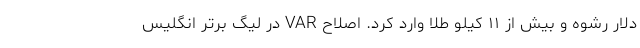
دلار رشوه و بیش از ۱۱ کیلو طلا وارد کرد. اصلاح VAR در لیگ برتر انگلیس